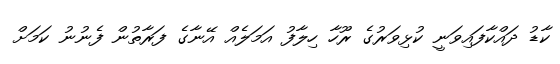
ކާޑު ދައްކާފައިވަނީ ކުޅިވަރުގެ ރޫހާ ހިލާފު އަމަލެއް އޭނާގެ ފަރާތުން ފެނުނު ކަމަށް